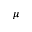
\mu